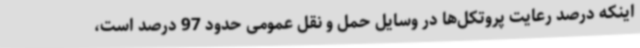
اینکه درصد رعایت پروتکل‌ها در وسایل حمل و نقل عمومی حدود 97 درصد است،